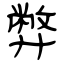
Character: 弊